Madras plague regulations in force outside the Presidency town - Volume 2
Disease focus: Plague
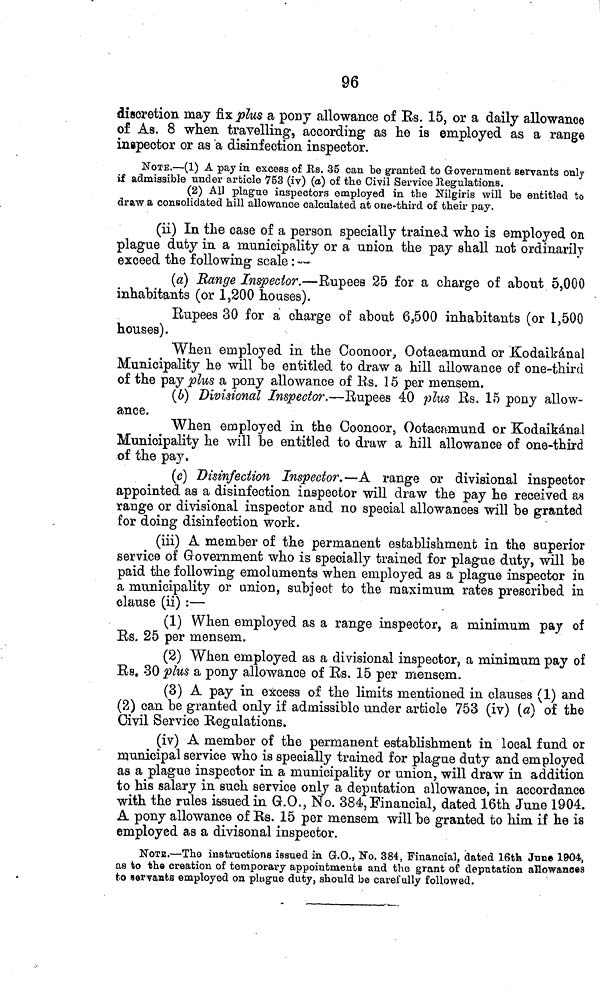
96
discretion may fix plus a pony allowance of RS. 15, or a daily allowance
of As. 8 when travelling, according as he is employed as a range
inspector or as a disinfection inspector.
NOTE.—(1) A pay in excess of Rs. 35 can be granted to Government servants only
if admissible under article 753 (iv) (a) of the Civil Service Regulations.
(2) All plague inspectors employed in the Nilgiris will be entitled to
draw a consolidated hill allowance calculated at one-third of their pay.
(ii) In the case of a person specially trained who is employed on
plague duty in a municipality or a union the pay shall not ordinarily
exceed the following scale : —
(a) Range Inspector.—Rupees 25 for a charge of about 5,000
inhabitants (or 1,200 houses).
Rupees 30 for a charge of about 6,500 inhabitants (or 1,500
houses).
When employed in the Coonoor, Ootacamund or Kodaikánal
Municipality he will be entitled to draw a hill allowance of one-third
of the pay plus a pony allowance of lis. 15 per mensem.
(6) Divisional Inspector.—Rupees 40 plus Rs. 15 pony allow-
ance.
When employed in the Coonoor, Ootacamund or Kodaikánal
Municipality he will be entitled to draw a hill allowance of one-third
of the pay.
(c) Disinfection Inspector.—A range or divisional inspector
appointed as a disinfection inspector will draw the pay he received as
range or divisional inspector and no special allowances will be granted
for doing disinfection work.
(iii) A member of the permanent establishment in the superior
service of Government who is specially trained for plague duty, will be
paid the following emoluments when employed as a plague inspector in
a municipality or union, subject to the maximum rates prescribed in
clause (ii) :—
(1) When employed as a range inspector, a minimum pay of
RS. 25 per mensem.
(2) When employed as a divisional inspector, a minimum pay of
Rs. 30 plus a pony allowance of Rs. 15 per mensem.
(3) A pay in excess of the limits mentioned in clauses (1) and
(2) can be granted only if admissible under article 753 (iv) (a) of the
Civil Service Regulations.
(iv) A member of the permanent establishment in local fund or
municipal service who is specially trained for plague duty and employed
as a plague inspector in a municipality or union, will draw in addition
to his salary in such service only a deputation allowance, in accordance
with the rules issued in G.O., No. 384, Financial, dated 16th June 1904.
A pony allowance of RS. 15 per mensem will be granted to him if he is
employed as a divisonal inspector.
NOTE.—The instructions issued in G.O., No. 384, Financial, dated 16th June 1904,
as to the creation of temporary appointments and the grant of deputation allowances
to servants employed on plague duty, should be carefully followed.